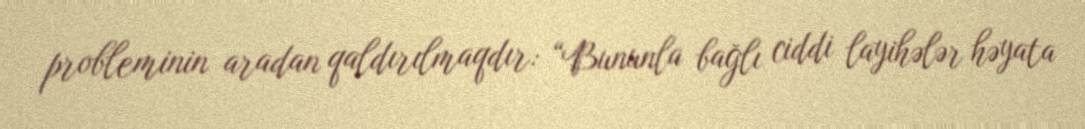
probleminin aradan qaldırılmaqdır: “Bununla bağlı ciddi layihələr həyata